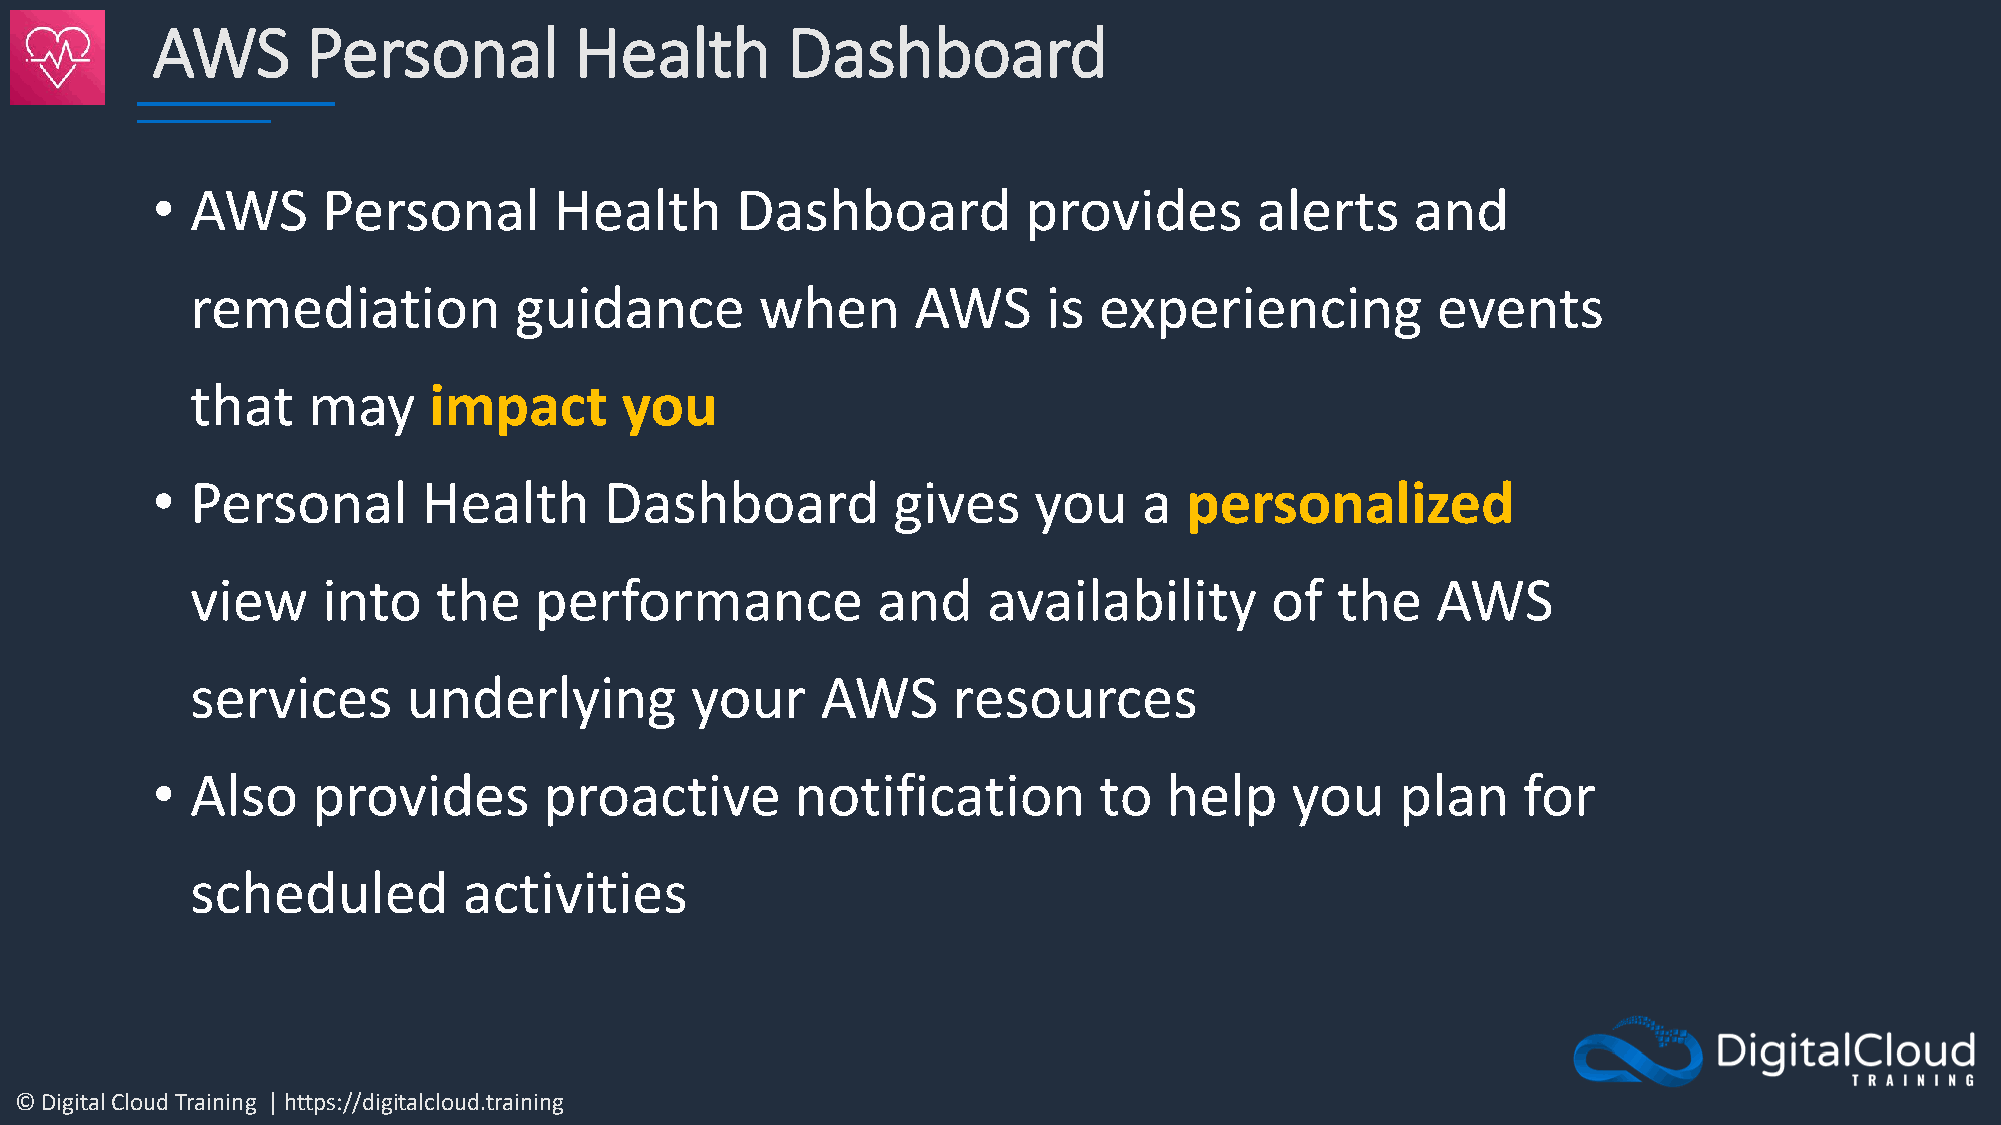
AWS       Personal          Health        Dashboard
 •  AWS     Personal        Health      Dashboard          provides       alerts     and
 remediation          guidance        when      AWS      is  experiencing          events
 that   may     impact       you
 •  Personal       Health      Dashboard          gives    you     a personalized
 view    into    the   performance            and    availability       of  the    AWS
 services      underlying         your    AWS      resources
 •  Also    provides       proactive        notification        to  help    you     plan    for
 scheduled         activities
 © Digital Cloud Training | https://digitalcloud.training